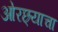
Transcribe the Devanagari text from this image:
ओरछ्याचा